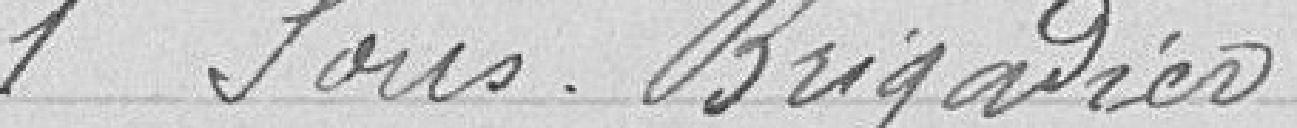
1 sous-brigadier